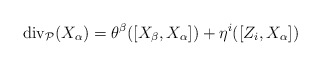
\begin{align*}\mathrm{div}_{\mathcal{P}}(X_\alpha) = \theta^\beta([X_\beta,X_\alpha]) + \eta^i([Z_i,X_\alpha])\end{align*}